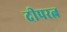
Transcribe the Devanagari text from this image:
दीपरत्न